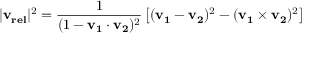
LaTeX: | \mathbf { v _ { r e l } } | ^ { 2 } = { \frac { 1 } { ( 1 - \mathbf { v _ { 1 } } \cdot \mathbf { v _ { 2 } } ) ^ { 2 } } } \left[ ( \mathbf { v _ { 1 } } - \mathbf { v _ { 2 } } ) ^ { 2 } - ( \mathbf { v _ { 1 } } \times \mathbf { v _ { 2 } } ) ^ { 2 } \right]